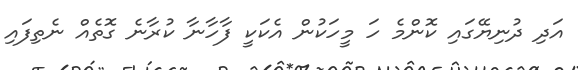
އަދި ދުނިޔޭގައި ކޮންމެ ހަ މީހަކުން އެކަކީ ފާހާނާ ކުރާނެ ގޮތެއް ނެތިފައި